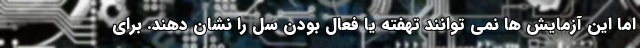
اما این آزمایش ها نمی توانند تهفته یا فعال بودن سل را نشان دهند. برای